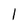
Character: l